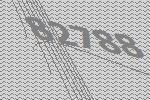
82788